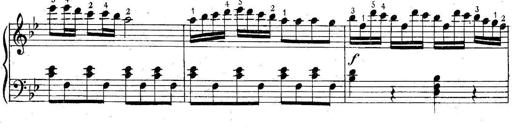
Title: 6 Easy Sonatinas
Composer: Carl Czerny